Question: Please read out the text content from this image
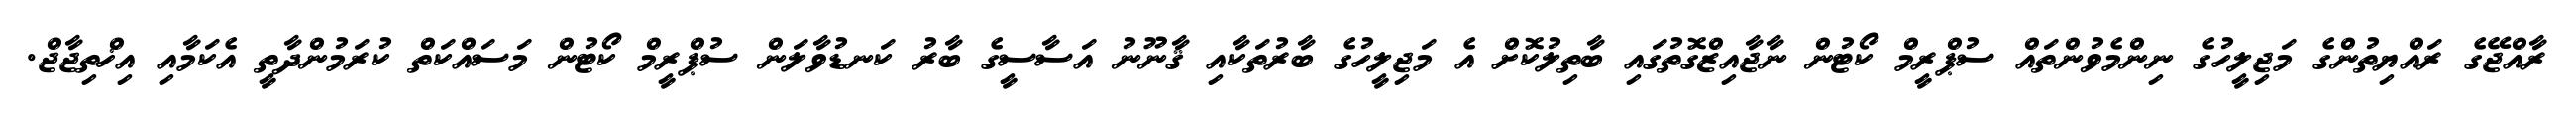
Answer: ރާއްޖޭގެ ރައްޔިތުންގެ މަޖިލީހުގެ ނިންމެވުންތައް ސުޕްރީމް ކޯޓުން ނާޖާއިޒްގޮތުގައި ބާތިލުކޮށް އެ މަޖިލީހުގެ ބާރުތަކާއި ޤާނޫނު އަސާސީގެ ބާރު ކަނޑުވާލަން ސުޕްރީމް ކޯޓުން މަސައްކަތް ކުރަމުންދާތީ އެކަމާއި އިޚްތިޖާޖް.